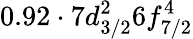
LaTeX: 0.92\cdot 7d_{3/2}^{2}6f_{7/2}^{4}